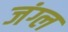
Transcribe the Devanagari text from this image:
जंग्ल